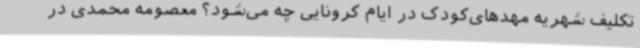
تکلیف شهریه مهدهای‌کودک در ایام کرونایی چه می‌شود؟ معصومه محمدی در